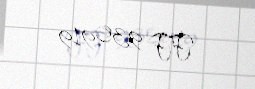
FF 930919